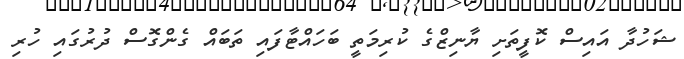
ޝަހުދާ އައިސް ކޮފީތަށި ޔާނިޒްގެ ކުރިމަތީ ބަހައްޓާފައި ތަބައް ގެންގޮސް ދުރުގައި ހުރި